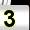
Digit: 3